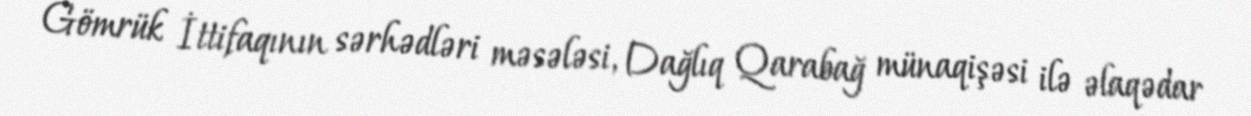
Gömrük İttifaqının sərhədləri məsələsi, Dağlıq Qarabağ münaqişəsi ilə əlaqədar